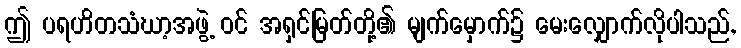
ဤ ပရဟိတသံဃာ့အဖွဲ့ ဝင် အရှင်မြတ်တို့၏ မျက်မှောက်၌ မေးလျှောက်လိုပါသည်,